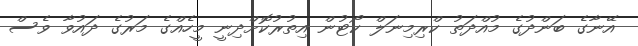
އޭނާގެ ބަންދުގެ މުއްދަތު ކްރިމިނަލް ކޯޓުން އިތުރުކޮށްދިނީ މީހެއްގެ މަރުގެ ދައުވާ ވެސް